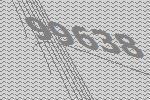
99638